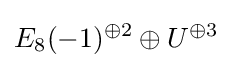
E_{8}(-1)^{\oplus 2}\oplus U^{\oplus 3}